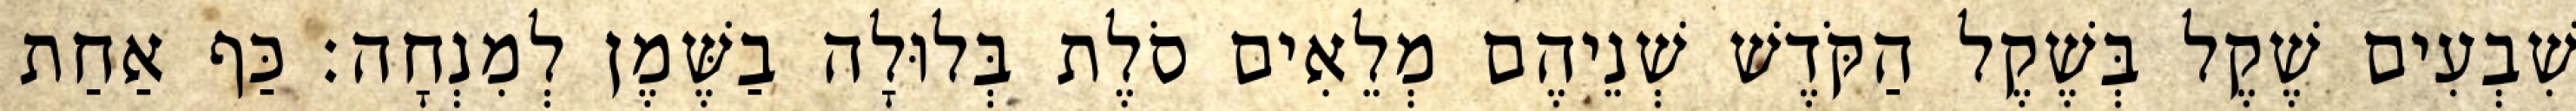
שִׁבְעִים שֶׁקֶל בְּשֶׁקֶל הַקֹּדֶשׁ שְׁנֵיהֶם מְלֵאִים סֹלֶת בְּלוּלָה בַשֶּׁמֶן לְמִנְחָה׃ כַּף אַחַת